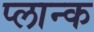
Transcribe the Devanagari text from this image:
प्लान्क